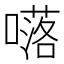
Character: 𡀩